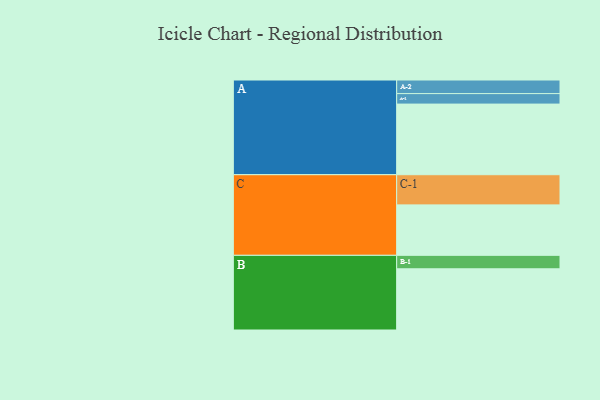
{"axis": {"x": "Segment", "y": "Value"}, "legend": ["", "A", "B", "C"], "data": [{"x": "A", "y": 592, "type": ""}, {"x": "B", "y": 513, "type": ""}, {"x": "C", "y": 423, "type": ""}, {"x": "A-1", "y": 88, "type": "A"}, {"x": "A-2", "y": 114, "type": "A"}, {"x": "B-1", "y": 113, "type": "B"}, {"x": "C-1", "y": 253, "type": "C"}]}